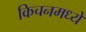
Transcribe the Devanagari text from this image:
किचनमध्ये